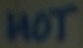
Text: HOT